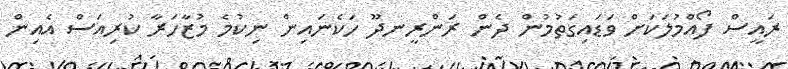
ރައީސް ފޯއްމުލަކަށް ވަޑައިގަތުމުން ދެން ރަންރީނދޫ ހަކެނައިން ނިކުމެ މުޒާހަރާ ކުރިއަސް އެއިން